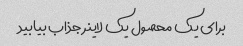
برای یک محصول یک لاینر جذاب بیابید